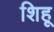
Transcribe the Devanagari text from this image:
शिहू